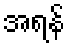
အရန်